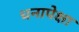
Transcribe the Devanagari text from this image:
धनापेक्षा